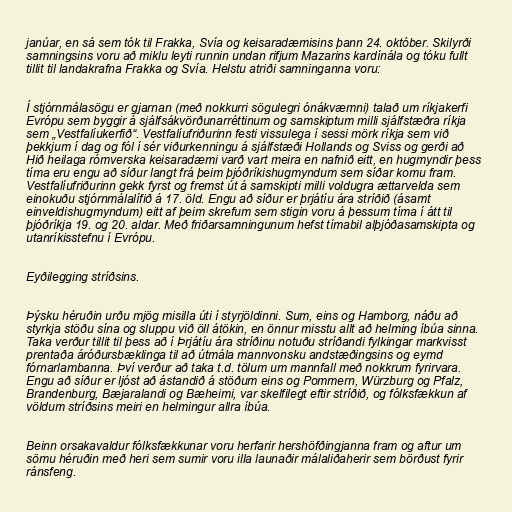
janúar, en sá sem tók til Frakka, Svía og keisaradæmisins þann 24. október. Skilyrði
samningsins voru að miklu leyti runnin undan rifjum Mazarins kardínála og tóku fullt
tillit til landakrafna Frakka og Svía. Helstu atriði samninganna voru:

Í stjórnmálasögu er gjarnan (með nokkurri sögulegri ónákvæmni) talað um ríkjakerfi
Evrópu sem byggir á sjálfsákvörðunarréttinum og samskiptum milli sjálfstæðra ríkja
sem „Vestfalíukerfið“. Vestfalíufriðurinn festi vissulega í sessi mörk ríkja sem við
þekkjum í dag og fól í sér viðurkenningu á sjálfstæði Hollands og Sviss og gerði að
Hið heilaga rómverska keisaradæmi varð vart meira en nafnið eitt, en hugmyndir þess
tíma eru engu að síður langt frá þeim þjóðríkishugmyndum sem síðar komu fram.
Vestfalíufriðurinn gekk fyrst og fremst út á samskipti milli voldugra ættarvelda sem
einokuðu stjórnmálalífið á 17. öld. Engu að síður er þrjátíu ára stríðið (ásamt
einveldishugmyndum) eitt af þeim skrefum sem stigin voru á þessum tíma í átt til
þjóðríkja 19. og 20. aldar. Með friðarsamningunum hefst tímabil alþjóðasamskipta og
utanríkisstefnu í Evrópu.

Eyðilegging stríðsins.

Þýsku héruðin urðu mjög misilla úti í styrjöldinni. Sum, eins og Hamborg, náðu að
styrkja stöðu sína og sluppu við öll átökin, en önnur misstu allt að helming íbúa sinna.
Taka verður tillit til þess að í Þrjátíu ára stríðinu notuðu stríðandi fylkingar markvisst
prentaða áróðursbæklinga til að útmála mannvonsku andstæðingsins og eymd
fórnarlambanna. Því verður að taka t.d. tölum um mannfall með nokkrum fyrirvara.
Engu að síður er ljóst að ástandið á stöðum eins og Pommern, Würzburg og Pfalz,
Brandenburg, Bæjaralandi og Bæheimi, var skelfilegt eftir stríðið, og fólksfækkun af
völdum stríðsins meiri en helmingur allra íbúa.

Beinn orsakavaldur fólksfækkunar voru herfarir hershöfðingjanna fram og aftur um
sömu héruðin með heri sem sumir voru illa launaðir málaliðaherir sem börðust fyrir
ránsfeng.